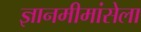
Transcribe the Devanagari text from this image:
ज्ञानमीमांसेला